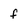
Character: f